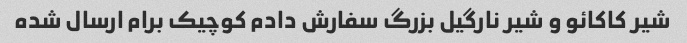
شیر کاکائو و شیر نارگیل بزرگ سفارش دادم کوچیک برام ارسال شده